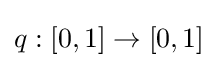
q:[0,1]\rightarrow [0,1]